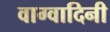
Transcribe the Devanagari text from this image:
वाग्वादिनी